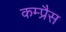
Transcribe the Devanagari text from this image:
कम्प्रैस